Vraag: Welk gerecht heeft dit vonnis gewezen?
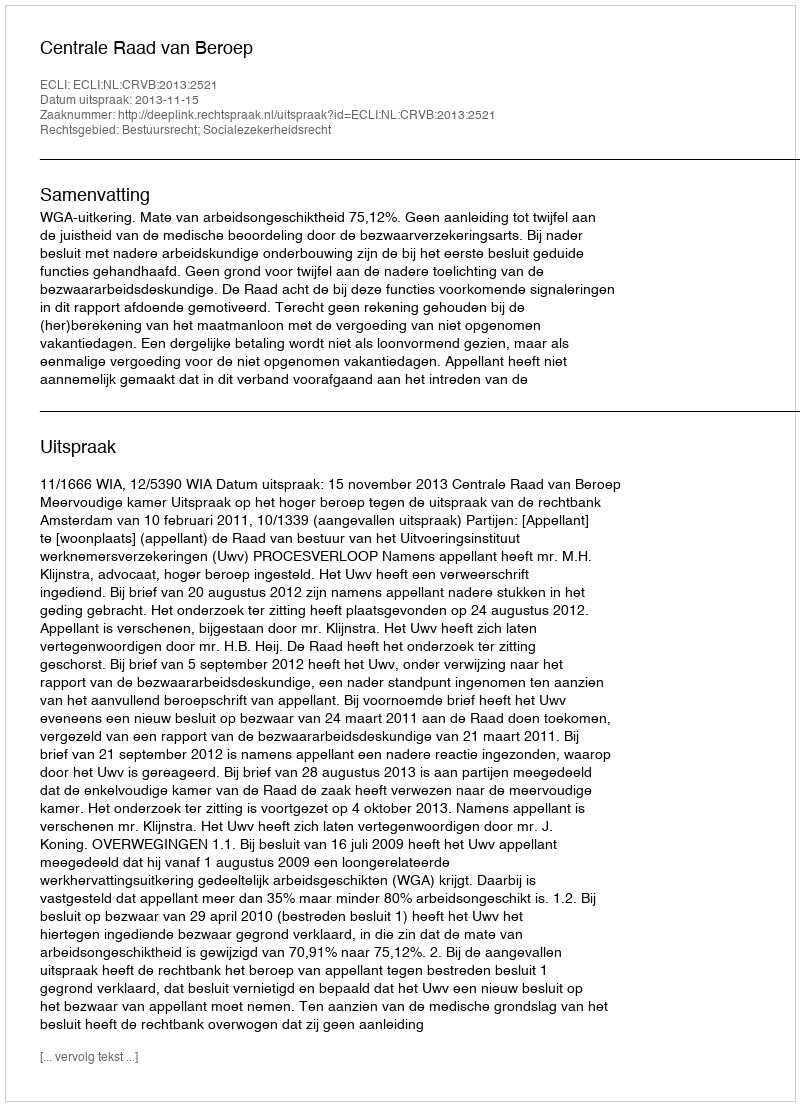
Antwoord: Centrale Raad van Beroep